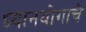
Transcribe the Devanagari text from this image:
ध्यानयोगाचे